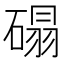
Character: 𰧒